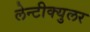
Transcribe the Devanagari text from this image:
लेन्टीक्युलर